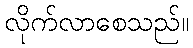
လိုက်လာစေသည်။